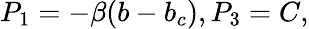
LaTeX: P_{1}=-\beta(b-b_{c}),P_{3}=C,